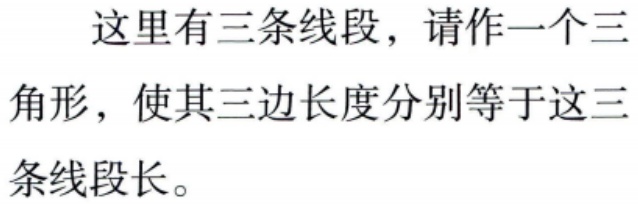
这里有三条线段，请作一个三角形，使其三边长度分别等于这三条线段长。